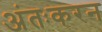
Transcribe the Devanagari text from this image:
अंतःकरन